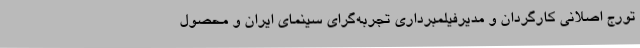
تورج اصلانی کارگردان و مدیرفیلمبرداری تجربه‌گرای سینمای ایران و محصول